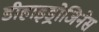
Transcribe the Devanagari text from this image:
डीहाइड्रोजिनेस